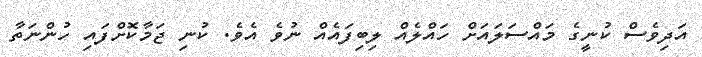
އަދިވެސް ކުނީގެ މައްސަލައަށް ހައްލެއް ލިބިފައެއް ނުވެ އެވެ. ކުނި ޖަމާކޮށްފައި ހުންނަތާ